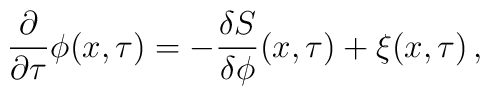
\frac{\partial}{\partial\tau} \phi(x,\tau) =- \frac{\delta S}{\delta\phi}(x,\tau) + \xi(x,\tau) \, ,